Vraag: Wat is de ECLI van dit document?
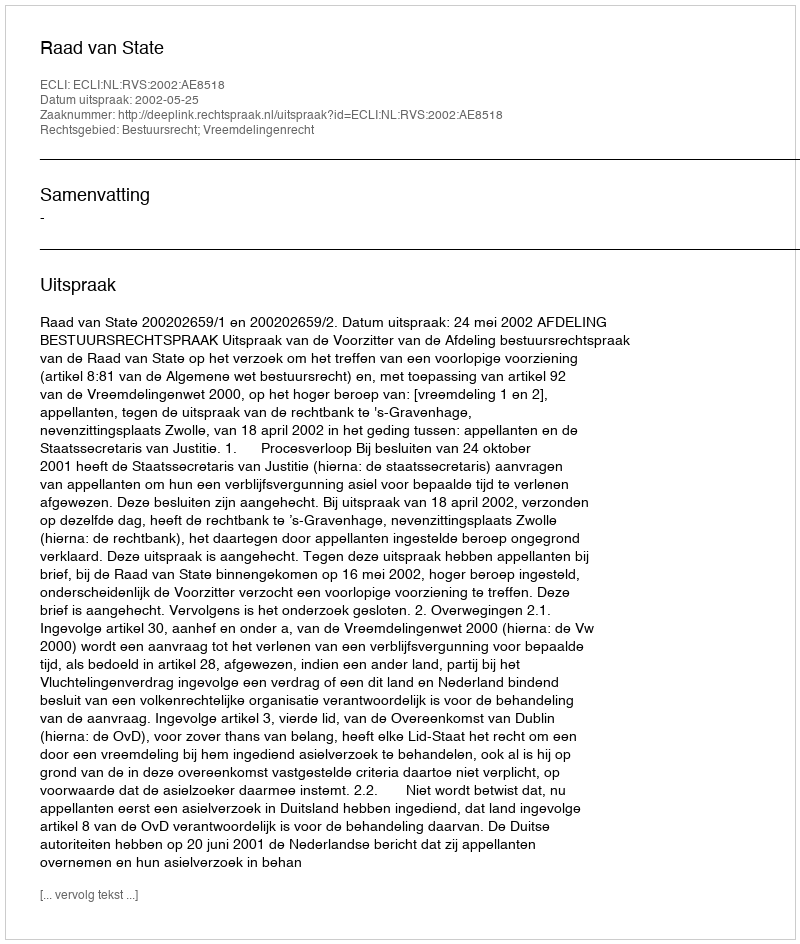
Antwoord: ECLI:NL:RVS:2002:AE8518